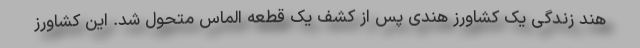
هند زندگی یک کشاورز هندی پس از کشف یک قطعه الماس متحول شد. این کشاورز